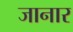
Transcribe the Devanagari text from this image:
जानार